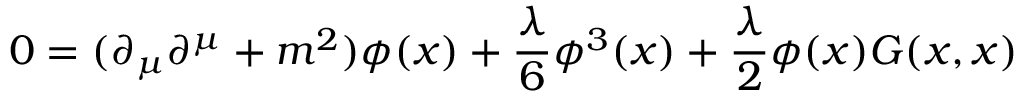
0 = ( \partial _ { \mu } \partial ^ { \mu } + m ^ { 2 } ) { \phi ( x ) } + { \frac { \lambda } { 6 } } \phi ^ { 3 } ( x ) + { \frac { \lambda } { 2 } } \phi ( x ) G ( x , x )